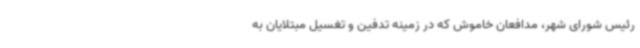
رئیس شورای شهر، مدافعان خاموش که در زمینه تدفین و تغسیل مبتلایان به